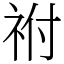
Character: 祔